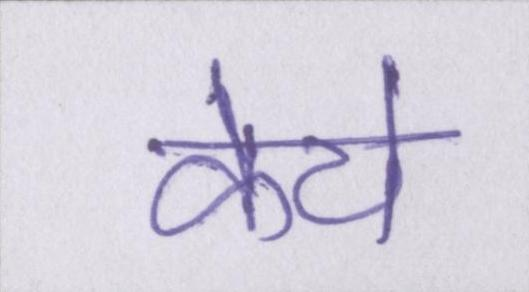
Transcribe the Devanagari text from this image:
केये